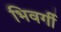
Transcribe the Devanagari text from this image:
भिवर्गी